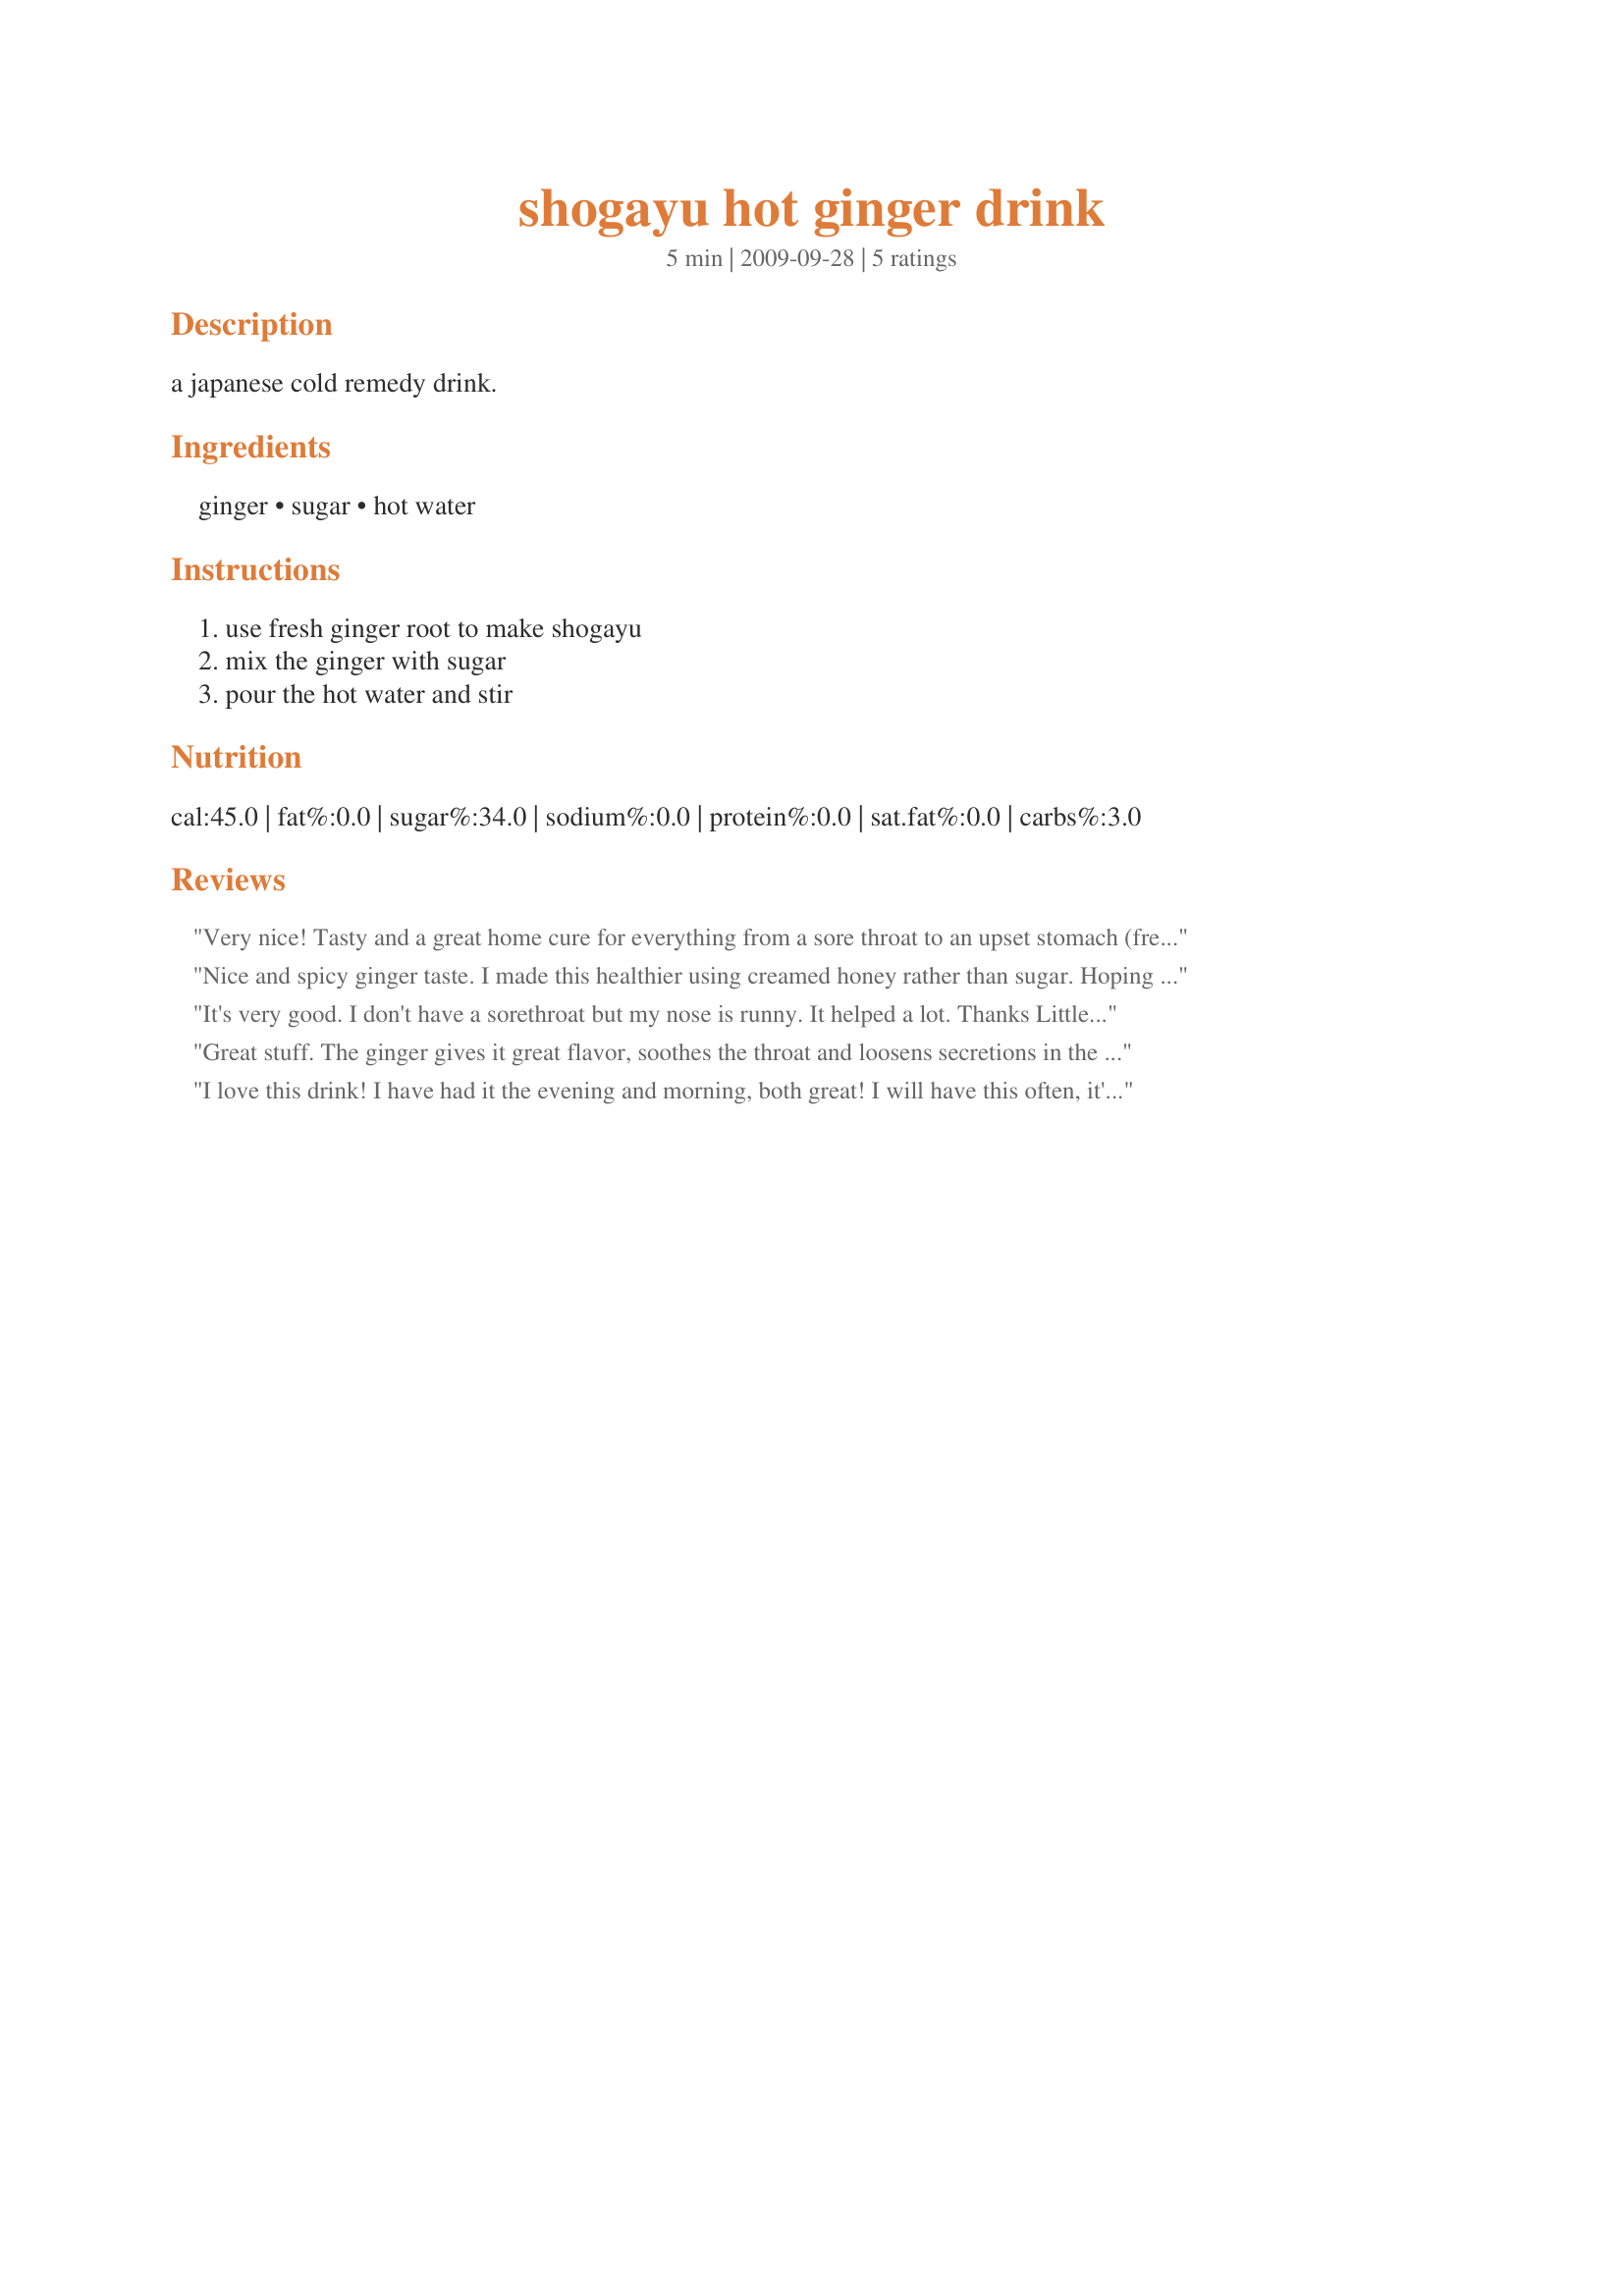
shogayu hot ginger drink
Preparation time: 5 minutes

a japanese cold remedy drink.

Ingredients:
ginger, sugar, hot water

Steps:
use fresh ginger root to make shogayu, mix the ginger with sugar, pour the hot water and stir

Reviews:
Very nice! Tasty and a great home cure for everything from a sore throat to an upset stomach (fresh ginger is said to be very good for both nausea and general upset stomachs). Thanks so much for the great post.
Nice and spicy ginger taste. I made this healthier using creamed honey rather than sugar. Hoping to help my tummy feel calmed. Made for ZWT6 Asian region, for my team The Ya Ya Cookerhood.
It's very good. I don't have a sorethroat but my nose is runny. It helped a lot. Thanks Littlemafia :) Made for 123 hit wonders
Great stuff. The ginger gives it great flavor, soothes the throat and loosens secretions in the sinuses. Fast, easy, and I always have the ingredients on hand. Will definitely make this again. THANKS. Made for Photo Tag.
I love this drink! I have had it the evening and morning, both great! I will have this often, it's so easy to make and so warming! Thanks! Made for PRMR game.
